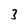
Character: 3